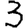
Digit: 3